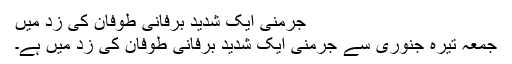
جرمنی ایک شدید برفانی طوفان کی زَد میں
جمعہ تیرہ جنوری سے جرمنی ایک شدید برفانی طوفان کی زَد میں ہے۔